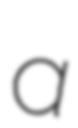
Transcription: a